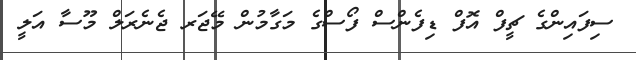
ސިފައިންގެ ޗީފް އޮފް ޑިފެންސް ފޯސްގެ މަގާމުން މޭޖަރ ޖެނެރަލް މޫސާ އަލީ